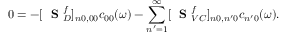
0 = - [ \mathrm { ~ \bf ~ S ~ } _ { D } ^ { f } ] _ { n 0 , 0 0 } c _ { 0 0 } ( \omega ) - \sum _ { n ^ { \prime } = 1 } ^ { \infty } [ \mathrm { ~ \bf ~ S ~ } _ { V C } ^ { f } ] _ { n 0 , n ^ { \prime } 0 } c _ { n ^ { \prime } 0 } ( \omega ) .